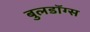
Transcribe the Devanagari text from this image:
बुलडॉग्‍स